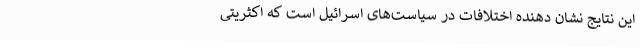
این نتایج نشان دهنده اختلافات در سیاست‌های اسرائیل است که اکثریتی